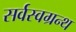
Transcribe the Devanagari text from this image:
सर्वस्वग्रन्थ